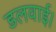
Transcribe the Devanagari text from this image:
डलवाई।